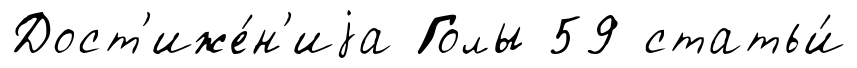
Дост'иже́н'иjа Голы 59 статьи́